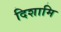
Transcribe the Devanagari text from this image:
दिशामि